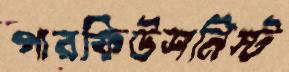
পারফিউশনিস্ট